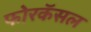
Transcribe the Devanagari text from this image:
फोरकॅसल